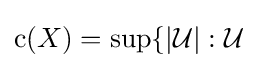
{\rm {c}}(X)=\sup\{|{\mathcal {U}}|:{\mathcal {U}}